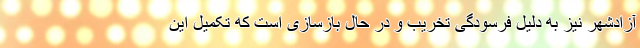
آزادشهر نیز به دلیل فرسودگی تخریب و در حال بازسازی است که تکمیل این